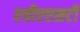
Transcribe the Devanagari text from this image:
एवीएएसटी